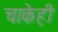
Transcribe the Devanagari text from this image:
चाकेही